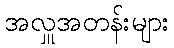
အလှူအတန်းများ